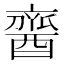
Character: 𨢞